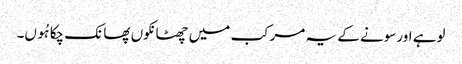
لوہے اورسونے کے یہ مرکب میں چھٹانکوں پھانک چکا ہُوں۔